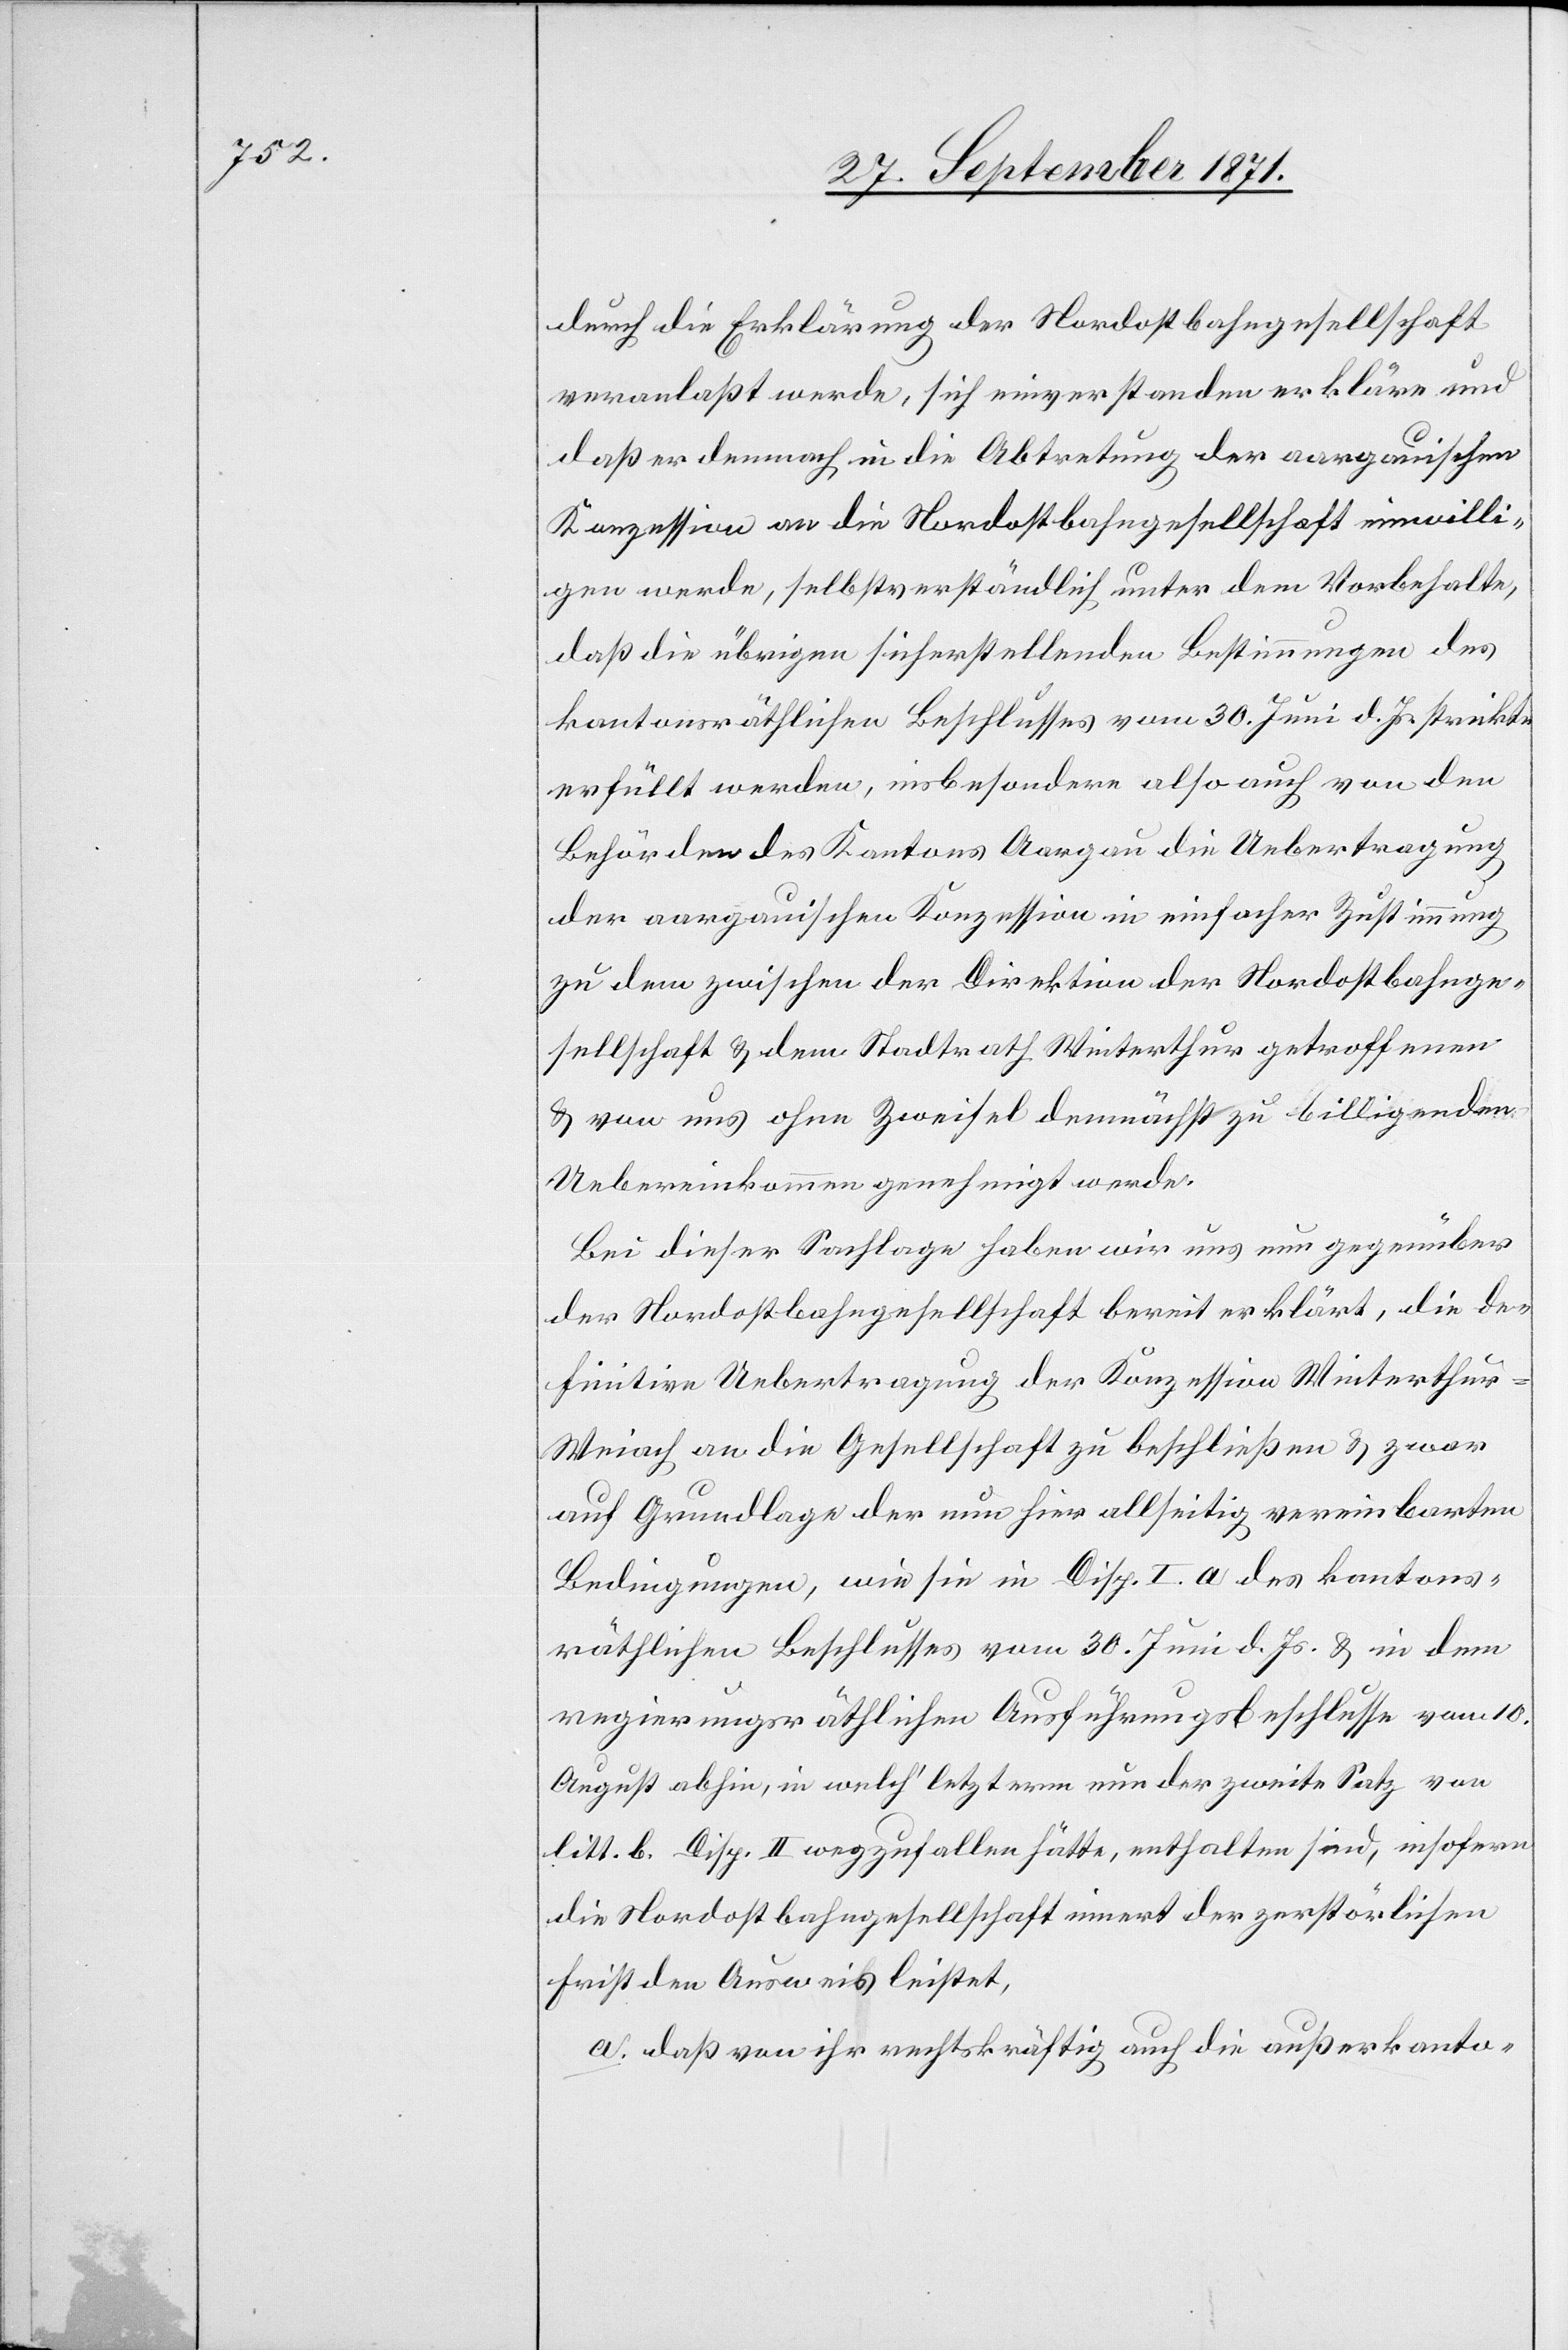
[sic!] die Erklärung der Nordostbahngesellschaft
veranlaßt wurde, sich einverstanden erkläre und
daß er demnach in die Abtretung der aargauischen
Konzession an die Nordostbahngesellschaft einwilli¬
gen werde, selbstverständlich unter dem Vorbehalte,
daß die übrigen sicherstellenden Bestimmungen des
kantonsräthlichen Beschlusses vom 30. Juni d. Js. strikte
erfüllt werden, insbesondere also auch von den
Behörden des Kantons Aargau die Uebertragung
der aargauischen Konzession in einfacher Zustimmung
zu dem zwischen der Direktion der Nordostbahnge¬
sellschaft & dem Stadtrath Winterthur getroffenen
& von uns ohne Zweifel demnächst zu billigenden
Uebereinkommen genehmigt werde.
Bei dieser Sachlage haben wir uns nun gegenüber
der Nordostbahngesellschaft bereit erklärt, die de¬
finitive Uebertragung der Konzession Winterthur–W¬
eiach an die Gesellschaft zu beschließen & zwar
auf Grundlage der nun hier allseitig vereinbarten
Bedingungen, wie sie in Disp. I. a des kantons¬
räthlichen Beschlusses vom 30. Juni d. Js. & in dem
regierungsräthlichen Ausführungsbeschlusse vom 10.
August abhin, in welch’ letzterem nur der zweite Satz von
litt. b. Disp. II wegzufallen hätte, enthalten sind, insofern
die Nordostbahngesellschaft innert der zerstörlichen
Frist den Ausweis leistet,
a. daß von ihr rechtskräftig auch die außerkanto-